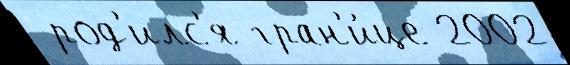
 род'илс'я гран'и́це 2002